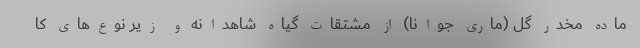
ماده مخدر گل (ماری جوانا) از مشتقات گیاه شاهدانه و زیر نوع‌های کا